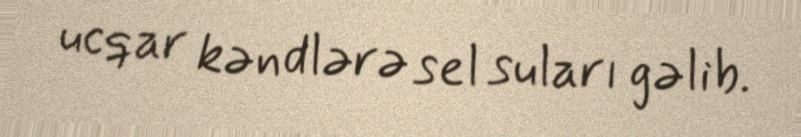
ucqar kəndlərə sel suları gəlib.